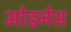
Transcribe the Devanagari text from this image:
मोडर्नस